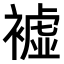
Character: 𧝔